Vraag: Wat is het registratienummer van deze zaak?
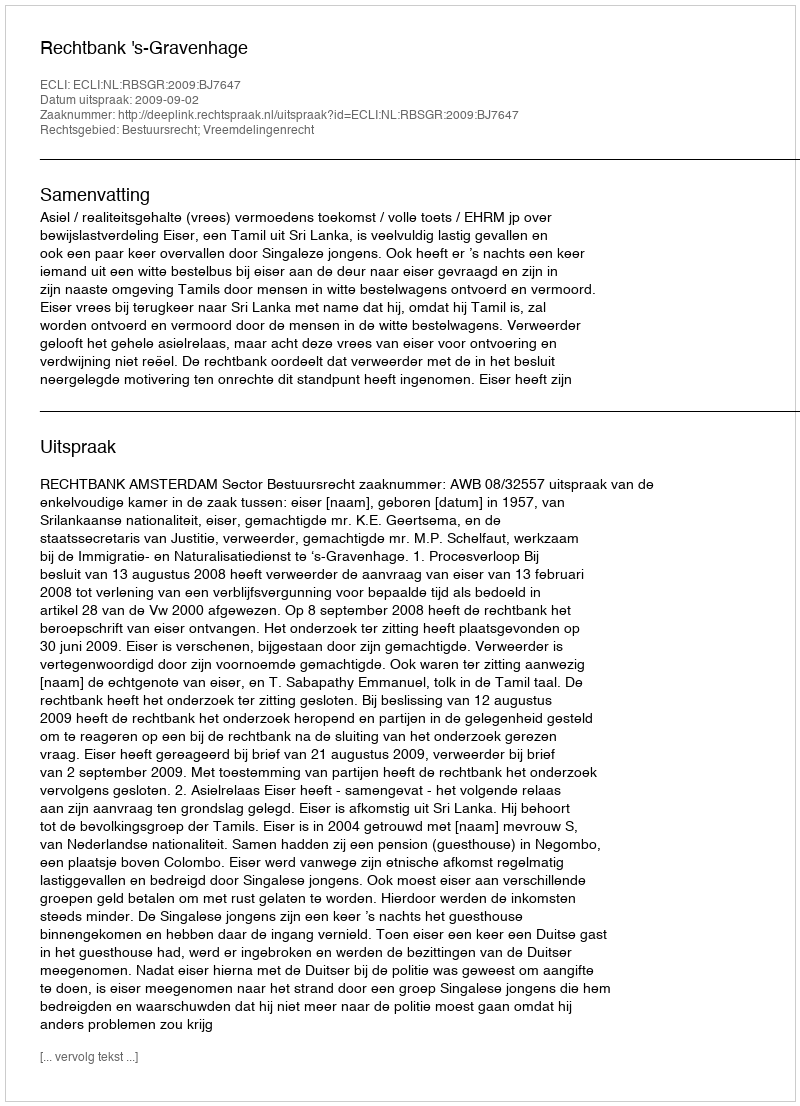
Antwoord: http://deeplink.rechtspraak.nl/uitspraak?id=ECLI:NL:RBSGR:2009:BJ7647